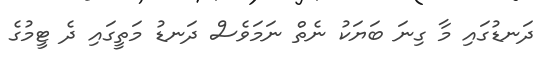
ދަނޑުގައި މާ ގިނަ ބަޔަކު ނެތް ނަމަވެސް ދަނޑު މަތީގައި ދެ ޓީމުގެ